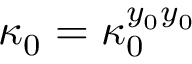
\kappa _ { 0 } = \kappa _ { 0 } ^ { y _ { 0 } y _ { 0 } }